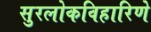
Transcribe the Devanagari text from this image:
सुरलोकविहारिणे